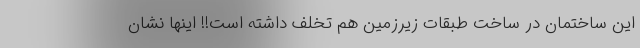
این ساختمان در ساخت طبقات زیرزمین هم تخلف داشته است!! اینها نشان‌